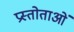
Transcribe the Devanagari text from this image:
प्रस्तोताओं